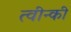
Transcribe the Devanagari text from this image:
त्वीन्की